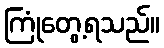
ကြုံတွေ့ရသည်။